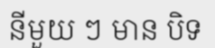
នីមួយ ៗ មាន បិទ